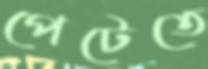
পেটেতে